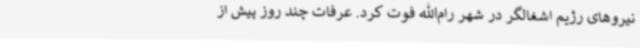
نیروهای رژیم اشغالگر در شهر رام‌الله فوت کرد. عرفات چند روز پیش از